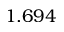
1 . 6 9 4